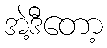
အဲ့ဒီတော့